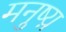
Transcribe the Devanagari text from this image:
मनुष्य़